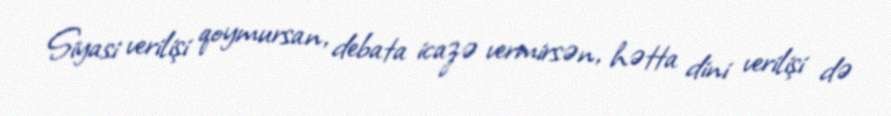
Siyasi verilişi qoymursan, debata icazə vermirsən, hətta dini verilişi də